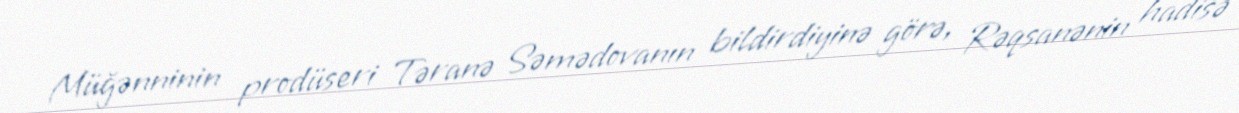
Müğənninin prodüseri Təranə Səmədovanın bildirdiyinə görə, Rəqsanənin hadisə